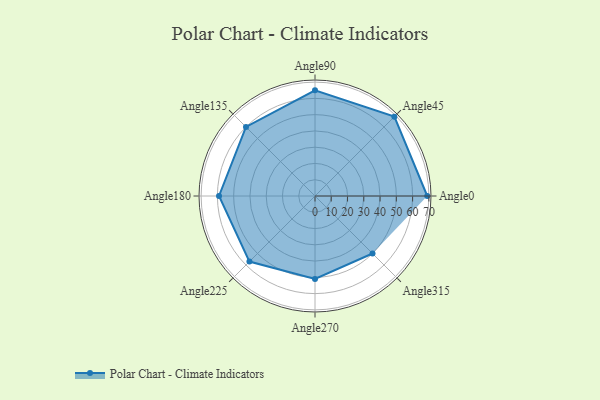
{"axis": {"x": "Angle", "y": "Radius"}, "legend": [""], "data": [{"x": "Angle0", "y": 69.0, "type": ""}, {"x": "Angle45", "y": 69.0, "type": ""}, {"x": "Angle90", "y": 65.0, "type": ""}, {"x": "Angle135", "y": 60.0, "type": ""}, {"x": "Angle180", "y": 59.0, "type": ""}, {"x": "Angle225", "y": 57.0, "type": ""}, {"x": "Angle270", "y": 51.0, "type": ""}, {"x": "Angle315", "y": 50, "type": ""}]}